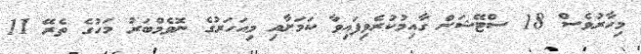
މިހާރުވެސް 18 ސްޓޭޝަން ގާއިމުކުރެވިފައިވާ ކަމަށާއި މިއަހަރުގެ ނޮވެމްބަރު މަހުގެ ތެރޭ 11